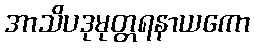
အာသိပဒုမုတ္တရနာယကော